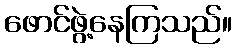
ဖောင်ဖွဲ့နေကြသည်။